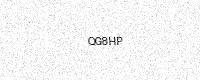
Text: QG8HP